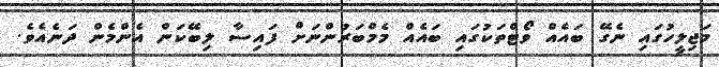
މަޖިލީހުގައި ނެގޭ ބައެއް ވޯޓްތަކުގައި ބައެއް މެމްބަރުންނަށް ފައިސާ ލިބޭކަން އެންމެން ދަނެއެވެ.